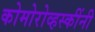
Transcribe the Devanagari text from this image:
कोमोरोव्हस्कींनी